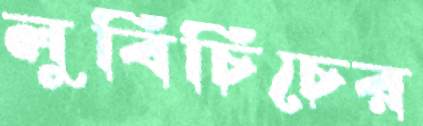
লুবিচিচের